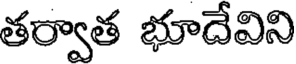
తర్వాత భూదేవిని